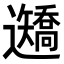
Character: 𨙍